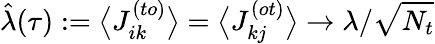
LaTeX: \hat{\lambda}(\tau):=\big\langle J_{ik}^{(to)}\big\rangle=\big\langle J_{kj}^{(ot)}\big\rangle\rightarrow\lambda/\sqrt{N_{t}}